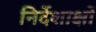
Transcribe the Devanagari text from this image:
निर्देशाक्षों